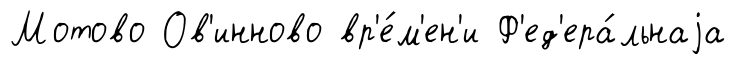
Мотово Ов'инново вр'е́м'ен'и Ф'ед'ера́льнаjа